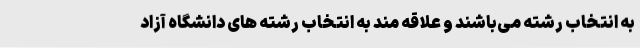
به انتخاب رشته می‌باشند و علاقه مند به انتخاب رشته های دانشگاه آزاد